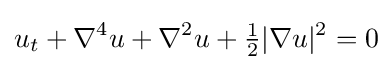
\displaystyle u_{t}+\nabla ^{4}u+\nabla ^{2}u+{\tfrac {1}{2}}|\nabla u|^{2}=0